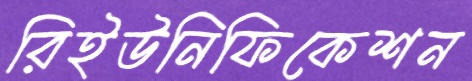
রিইউনিফিকেশন